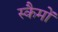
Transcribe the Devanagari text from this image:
स्कैमों